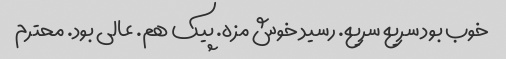
خوب بود سریع سریع. رسید خوش مزه. پیک هم. عالی بود. محترم